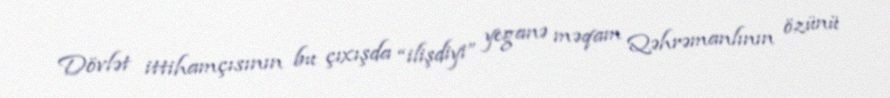
Dövlət ittihamçısının bu çıxışda “ilişdiyi” yeganə məqam Qəhrəmanlının özünü